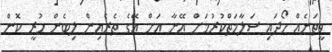
ވީތަނެއް ހޯދައި ސަލާމަތްކުރުމަށް އޭނާ އަށް އޭގެ ތެރެއިން ލިބެން ހުރީ ކޮން